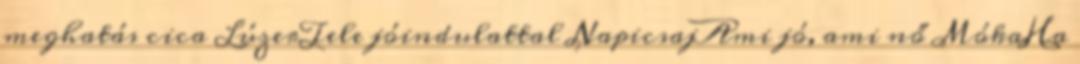
meghatás cica LúzerTele jóindulattal NapicsajAmi jó, ami nő MókaHa